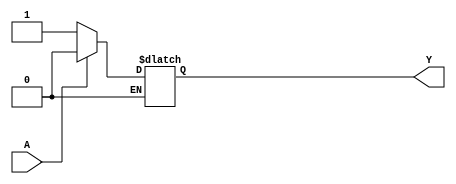
module NOT_GATE (output reg Y, input A);            //declaring module,  and the port list.
always @ (A) begin
    if (A == 1'b0 )                                 //states that if  A is 0
begin 
        Y = 1'b1;                                   // then Y has to be 1
    end
    else if (A == 1'b1) begin                       //states that if  A is 1
       Y = 1'b0;                                    // then Y has to be 0
    end
end
endmodule                                          //used to terminate the module